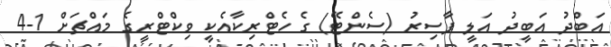
އަބްދު އަބީދު އަލީ ފާސިރު (ސެންޓޭ) ގެ ހެޓްރިކާއެކީ ވިކްޓްރީގެ މައްޗަށް 1-4